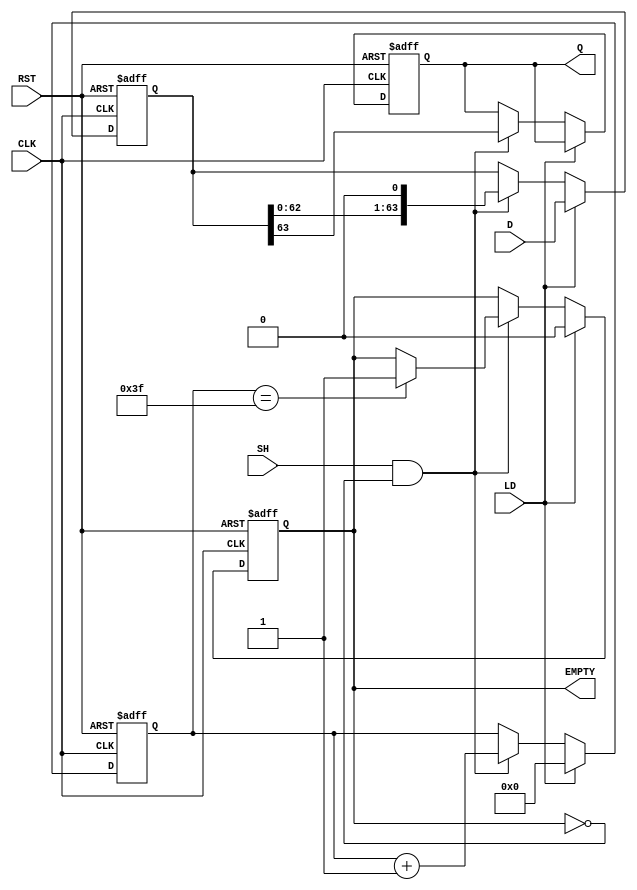
module PISO_64bit (
    input  wire [63:0] D,      // 64-bit input data
    input  wire LD,            // Load control signal
    input  wire SH,            // Shift control signal
    input  wire CLK,           // Clock signal
    input  wire RST,           // Asynchronous reset signal
    output reg  Q,             // Serial output
    output reg  EMPTY          // Empty signal
);

    reg [63:0] shift_reg;      // 64-bit shift register
    reg [6:0] count;           // 7-bit counter for tracking shifted bits

    // Asynchronous reset and data loading
    always @(posedge CLK or posedge RST) begin
        if (RST) begin
            shift_reg <= 64'b0; // Clear the shift register
            count <= 7'b0;      // Reset the counter
            Q <= 1'b0;          // Reset the serial output
            EMPTY <= 1'b1;      // Register is initially empty
        end else begin
            if (LD) begin
                // Load data into the shift register and reset the counter
                shift_reg <= D; 
                count <= 7'b0; 
                EMPTY <= 1'b0;  // Register is not empty after loading
            end else if (SH && !EMPTY) begin
                // Shift operation
                Q <= shift_reg[63]; // Output the MSB
                shift_reg <= {shift_reg[62:0], 1'b0}; // Shift left
                count <= count + 1; // Increment the counter

                // Check if the register is empty
                if (count == 7'd63) begin
                    EMPTY <= 1'b1; // All bits shifted out
                end
            end
        end
    end

endmodule